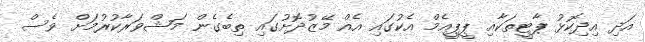
އަދި އިދިކޮޅު ޕާޓީތަކާއި ޕީޕީއެމް އެކުގައި އެއް މޭޒުދޮށުގައި ތިބެގެން މަޝްވަރާކުރުމަށް ވެސް